[Report on the health of British troops in the Madras command]
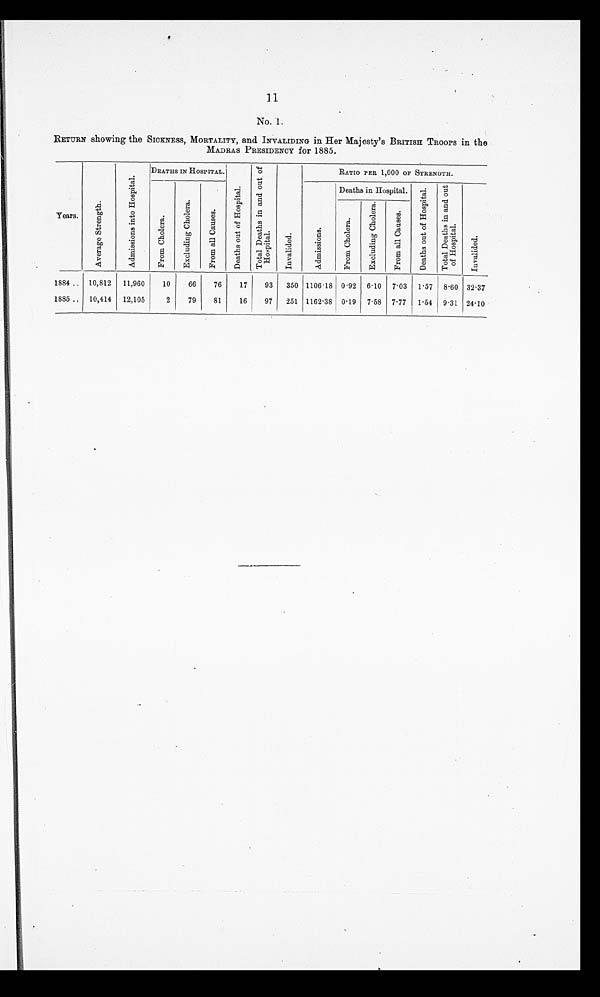
11
No. 1.
RETURN showing the SICKNESS, MORTALITY, and INVALIDING in Her Majesty's BRITISH TROOPS in the
MADRAS PRESIDENCY for 1885.
Years.
A v e r a g e S t r e n g t h .
A d m i s s i o n s i n t o H o s p i t a l .
DEATHS IN HOSPITAL.
D e a t h s o u t o f H o s p i t a l .
T o t a l D e a t h s i n a n d o u t o f H o s p i t a l .
I n v a l i d e d .
A d m i s s i o n s .
RATIO PER 1,000 OF STRENGTH.
F r o m C h o l e r a .
E x c l u d i n g C h o l e r a .
F r o m a l l C a u s e s .
Deaths in Hospital. D e a t h s o u t o f H o s p i t a l . T o t a l D e a t h s i n a n d o u t o f H o s p i t a l .
I n v a l i d e d .
F r o m C h o l e r a .
E x c l u d i n g C h o l e r a .
F r o m a l l C a u s e s .
1884 .. 10,812 11,960
10
66
76
17
93 350 1106.18 0.92 6.10 7.03 1.57 8.60 32.37
1885 .. 10,414 12,105
2
79
81
16
97 251 1162.38 0.19 7.58 7.77 1.54 9.31 24.10